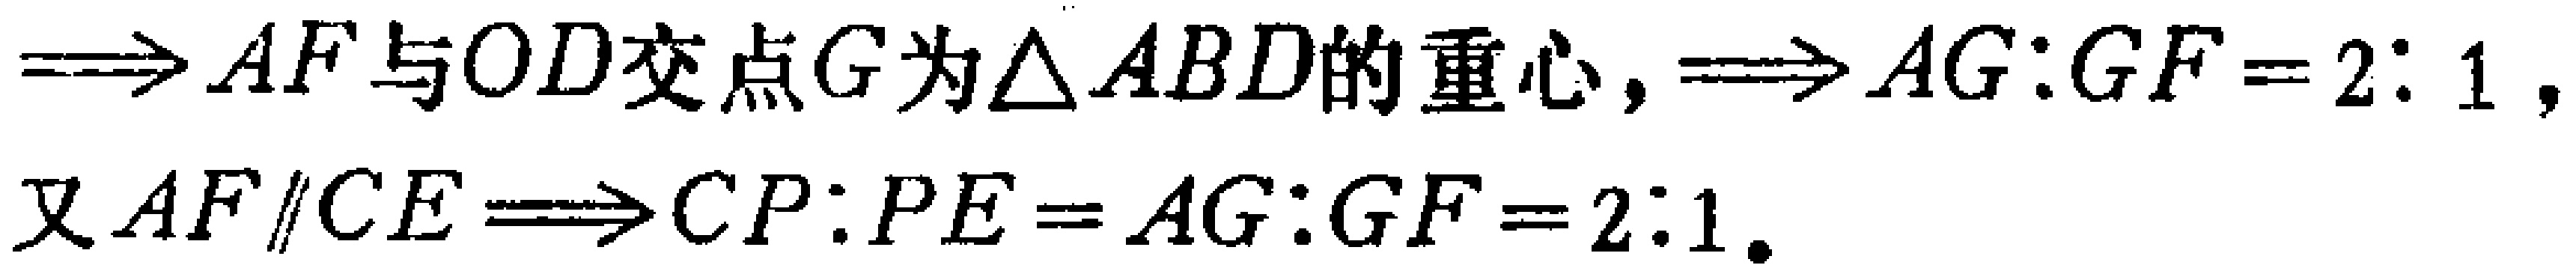
$\Rightarrow AF与OD交点G为\triangle ABD的重心,\Rightarrow AG:GF = 2:1,$
$又AF\parallel CE\Rightarrow CP:PE = AG:GF = 2:1.$